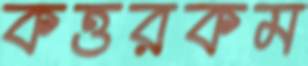
কত্তরকম